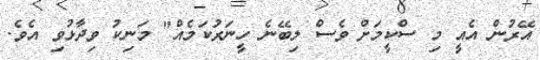
އޭރުން އެއީ މި ސްކީމަށް ވެސް ލިބޭނެ ހީނަރުކަމެއް" މަނިކު ވިދާޅުވި އެވެ.